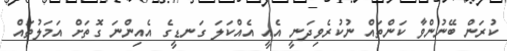
ކުރަން ބޭނުންވާ ކަންތައް ނުކުރެވިދަނީ އެއީ އެއްކަލަ ގަނޑީގެ އެއިންނަ ގޮތަށް އަމަލުތައް